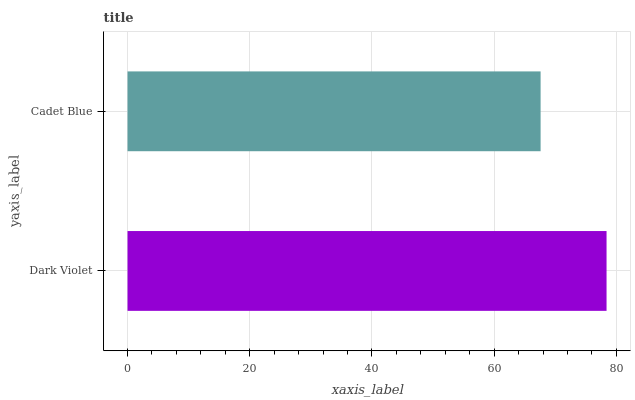
| yaxis_label | bars |
 | --- | --- |
 | Dark Violet | 78.4 |
 | Cadet Blue | 67.6 |